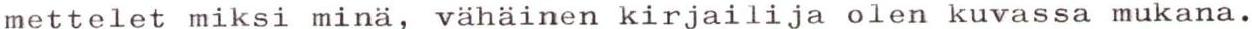
mettelet miksi minä, vähäinen kirjailija olen kuvassa mukana.